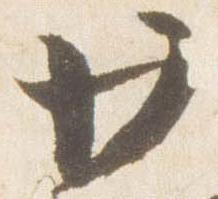
廿